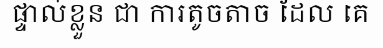
ផ្ទាល់ខ្លួន ជា ការតូចតាច ដែល គេ